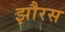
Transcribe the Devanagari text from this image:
झौरस